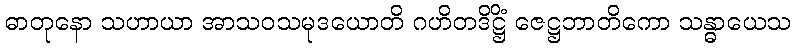
ဓာတုနော သဟာယာ အာသဝသမုဒယောတိ ဂဟိတဒိဋ္ဌိံ ဇေဋ္ဌဘာတိကော သန္ဓာယေသ